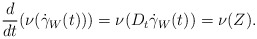
\begin{align*}\frac{d}{dt}(\nu(\dot\gamma_W(t))) = \nu(D_t\dot\gamma_W(t)) = \nu(Z).\end{align*}